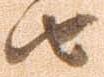
由